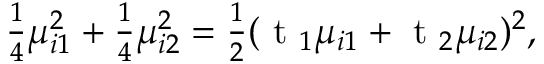
\begin{array} { r } { \frac { 1 } { 4 } \mu _ { i 1 } ^ { 2 } + \frac { 1 } { 4 } \mu _ { i 2 } ^ { 2 } = \frac { 1 } { 2 } ( \mathrm { ~ t ~ } _ { 1 } \mu _ { i 1 } + \mathrm { ~ t ~ } _ { 2 } \mu _ { i 2 } ) ^ { 2 } , } \end{array}